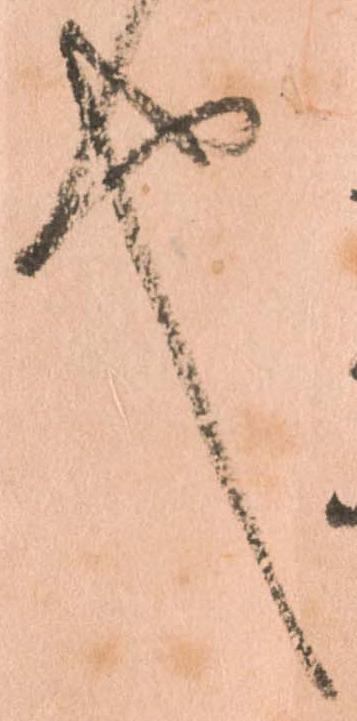
也